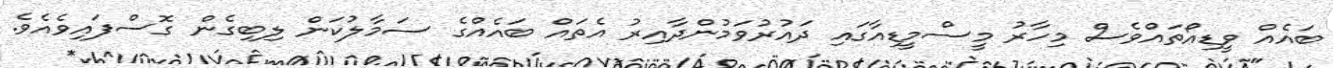
ބައެއް ވީޑިއޯތައްވެސް މިހާރު މީސްމީޑިއާގައި ދައުރުވަމުންދާއިރު އެތައް ބައެއްގެ ސަމާލުކަން ލިބިގެން ގޮސްފައިވެއެވެ.